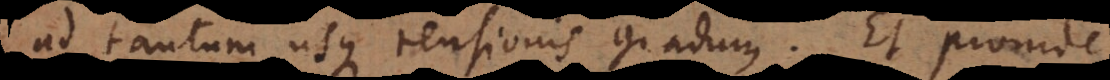
ad tantum usque tensionis gradum. Et proinde